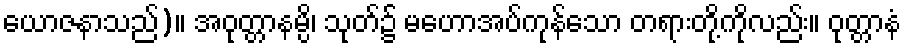
ယောဇနာသည်)။ အဝုတ္တာနမ္ပိ၊ သုတ်၌ မဟောအပ်ကုန်သော တရားတို့ကိုလည်း။ ဝုတ္တာနံ